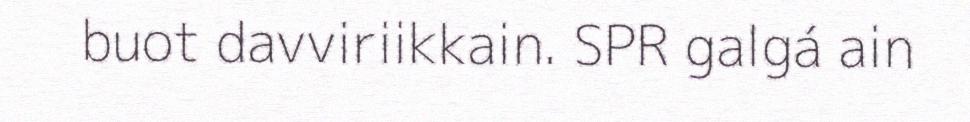
buot davviriikkain. SPR galgá ain